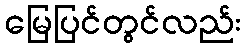
မြေပြင်တွင်လည်း